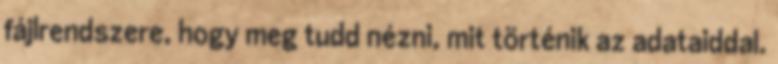
fájlrendszere, hogy meg tudd nézni, mit történik az adataiddal.